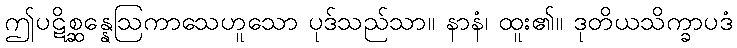
ဤပဋိစ္ဆန္နေဩကာသေဟူသော ပုဒ်သည်သာ။ နာနံ၊ ထူး၏။ ဒုတိယသိက္ခာပဒံ